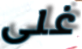
غلى